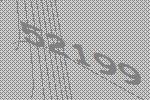
52199